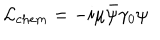
LaTeX: { \cal L } _ { c h e m } = - i \mu \bar { \psi } \gamma _ { 0 } \psi